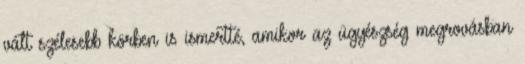
vált szélesebb körben is ismertté, amikor az ügyészség megrovásban